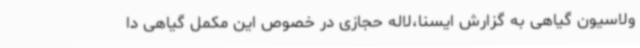
ولاسیون گیاهی به گزارش ایسنا،لاله حجازی در خصوص این مکمل گیاهی دا